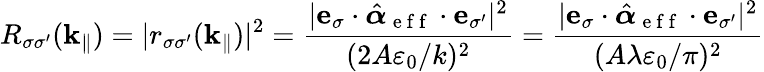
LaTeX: R_{\sigma\sigma^{\prime}}(\mathbf{k}_{\| })=|r_{\sigma\sigma^{\prime}}(\mathbf{k}_{\| })|^{2}=\frac{|\mathbf{e}_{\sigma}\cdot\hat{\boldsymbol{\alpha}}_{\mathrm{~e~f~f~}}\cdot\mathbf{e}_{\sigma^{\prime}}|^{2}}{(2A\varepsilon_{0}/k)^{2}}=\frac{|\mathbf{e}_{\sigma}\cdot\hat{\boldsymbol{\alpha}}_{\mathrm{~e~f~f~}}\cdot\mathbf{e}_{\sigma^{\prime}}|^{2}}{(A\lambda\varepsilon_{0}/\pi)^{2}}